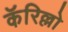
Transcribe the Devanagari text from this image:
कॅरिल्लो